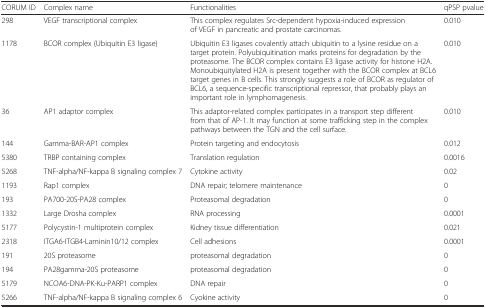
<table><thead><tr><td><b>CORUM ID</b></td><td><b>Complex name</b></td><td><b>Functionalities</b></td><td><b>qPSP pvalue</b></td></tr></thead><tbody><tr><td>298</td><td>VEGF transcriptional complex</td><td>This complex regulates Src-dependent hypoxia-induced expression of VEGF in pancreatic and prostate carcinomas.</td><td>0.010</td></tr><tr><td>1178</td><td>BCOR complex (Ubiquitin E3 ligase)</td><td>Ubiquitin E3 ligases covalently attach ubiquitin to a lysine residue on a target protein. Polyubiquitination marks proteins for degradation by the proteasome. The BCOR complex contains E3 ligase activity for histone H2A. Monoubiquitylated H2A is present together with the BCOR complex at BCL6 target genes in B cells. This strongly suggests a role of BCOR as regulator of BCL6, a sequence-specific transcriptional repressor, that probably plays an important role in lymphomagenesis.</td><td>0.010</td></tr><tr><td>36</td><td>AP1 adaptor complex</td><td>This adaptor-related complex participates in a transport step different from that of AP-1. It may function at some trafficking step in the complex pathways between the TGN and the cell surface.</td><td>0.010</td></tr><tr><td>144</td><td>Gamma-BAR-AP1 complex</td><td>Protein targeting and endocytosis</td><td>0.012</td></tr><tr><td>5380</td><td>TRBP containing complex</td><td>Translation regulation</td><td>0.0016</td></tr><tr><td>5268</td><td>TNF-alpha/NF-kappa B signaling complex 7</td><td>Cytokine activity</td><td>0.02</td></tr><tr><td>1193</td><td>Rap1 complex</td><td>DNA repair; telomere maintenance</td><td>0</td></tr><tr><td>193</td><td>PA700-20S-PA28 complex</td><td>Proteasomal degradation</td><td>0</td></tr><tr><td>1332</td><td>Large Drosha complex</td><td>RNA processing</td><td>0.0001</td></tr><tr><td>5177</td><td>Polycystin-1 multiprotein complex</td><td>Kidney tissue differentiation</td><td>0.021</td></tr><tr><td>2318</td><td>ITGA6-ITGB4-Laminin10/12 complex</td><td>Cell adhesions</td><td>0.0001</td></tr><tr><td>191</td><td>20S proteasome</td><td>proteasomal degradation</td><td>0</td></tr><tr><td>194</td><td>PA28gamma-20S proteasome</td><td>proteasomal degradation</td><td>0</td></tr><tr><td>5179</td><td>NCOA6-DNA-PK-Ku-PARP1 complex</td><td>DNA repair</td><td>0</td></tr><tr><td>5266</td><td>TNF-alpha/NF-kappa B signaling complex 6</td><td>Cyokine activity</td><td>0</td></tr></tbody></table>